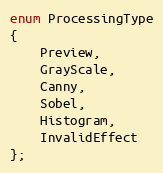
Language: C
enum ProcessingType
{
    Preview,
    GrayScale,
    Canny,
    Sobel,
    Histogram,
    InvalidEffect
};